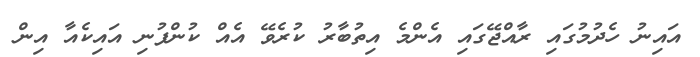
އައިނު ހެދުމުގައި ރާއްޖޭގައި އެންމެ އިތުބާރު ކުރެވޭ އެއް ކުންފުނި އައިކެއާ އިން